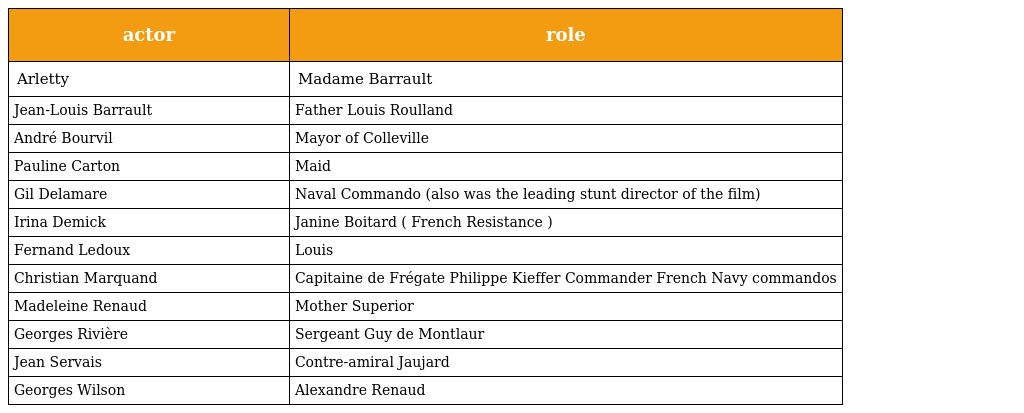
| actor | role |
 | --- | --- |
 | Arletty | Madame Barrault |
 | Jean-Louis Barrault | Father Louis Roulland |
 | André Bourvil | Mayor of Colleville |
 | Pauline Carton | Maid |
 | Gil Delamare | Naval Commando (also was the leading stunt director of the film) |
 | Irina Demick | Janine Boitard ( French Resistance ) |
 | Fernand Ledoux | Louis |
 | Christian Marquand | Capitaine de Frégate Philippe Kieffer Commander French Navy commandos |
 | Madeleine Renaud | Mother Superior |
 | Georges Rivière | Sergeant Guy de Montlaur |
 | Jean Servais | Contre-amiral Jaujard |
 | Georges Wilson | Alexandre Renaud |